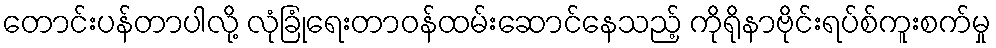
တောင်းပန်တာပါလို့ လုံခြုံရေးတာဝန်ထမ်းဆောင်နေသည့် ကိုရိုနာဗိုင်းရပ်စ်ကူးစက်မှု